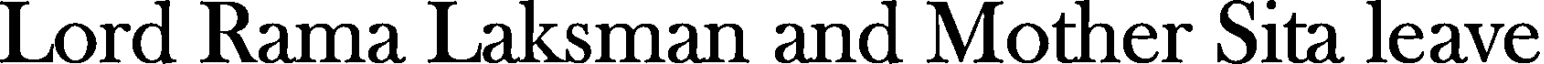
Lord Rama Laksman and Mother Sita leave